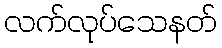
လက်လုပ်သေနတ်